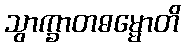
သွာက္ခာတဓမ္မောတိ